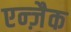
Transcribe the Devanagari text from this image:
एन्ज़ैक